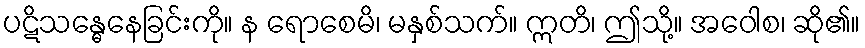
ပဋိသန္ဓေနေခြင်းကို။ န ရောစေမိ၊ မနှစ်သက်။ ဣတိ၊ ဤသို့။ အဝေါစ၊ ဆို၏။